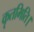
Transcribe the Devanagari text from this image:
कृतमिति।